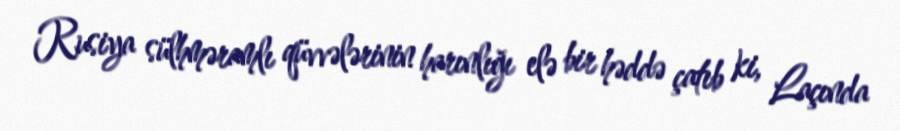
Rusiya sülhməramlı qüvvələrinin harınlığı elə bir həddə çatıb ki, Laçında